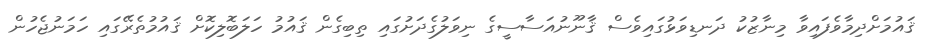
ޤައުމަށްދިމާވެފައިވާ މިނާޒުކު ދަނޑިވަޅުގައިވެސް ޤާނޫނުއަސާސީގެ ނިވަލުގެދަށުގައި ތިބިގެން ޤައުމު ހަލަބޮލިކޮށް ޤައުމުތެރޭގައި ހަމަނުޖެހުން